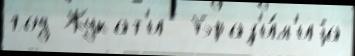
год Жукат'и  Браз'и́л'иjа